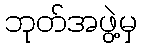
ဘုတ်အဖွဲ့မှ